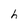
Character: h